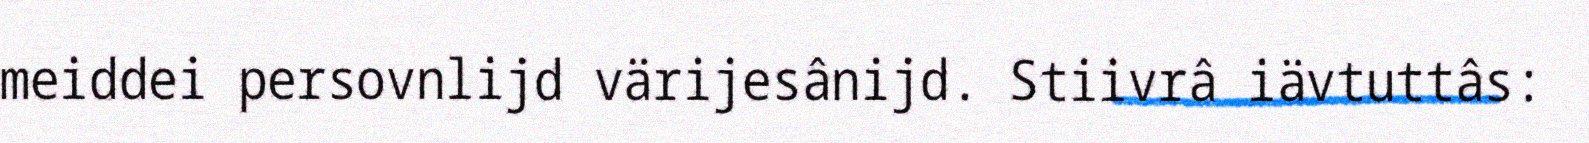
meiddei persovnlijd värijesânijd. Stiivrâ iävtuttâs: